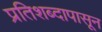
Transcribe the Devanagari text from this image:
प्रतिशब्दापासून